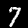
Digit: 7